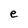
Character: e